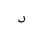
Letter: _dal